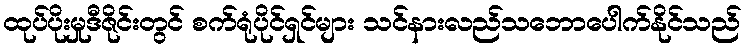
ထုပ်ပိုးမှုဒီဇိုင်းတွင် စက်ရုံပိုင်ရှင်များ သင်နားလည်သဘောပေါက်နိုင်သည်